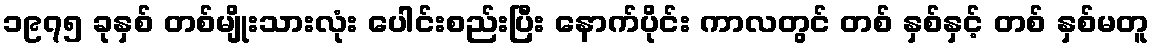
၁၉၇၅ ခုနှစ် တစ်မျိုးသားလုံး ပေါင်းစည်းပြီး နောက်ပိုင်း ကာလတွင် တစ် နှစ်နှင့် တစ် နှစ်မတူ